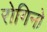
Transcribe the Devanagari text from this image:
रोगिनो